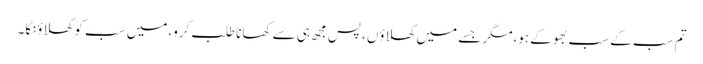
تم سب کے سب بھوکے ہو،مگر جسے میں کھلاؤں، پس مجھ ہی سے کھانا طلب کرو،میں سب کو کھلاؤنگا۔